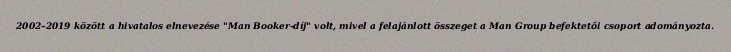
2002–2019 között a hivatalos elnevezése "Man Booker-díj" volt, mivel a felajánlott összeget a Man Group befektetői csoport adományozta.